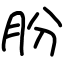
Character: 肦